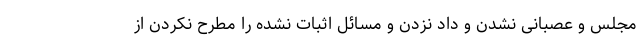
مجلس و عصبانی نشدن و داد نزدن و مسائل اثبات نشده را مطرح نکردن از